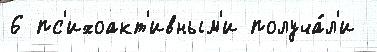
6 пс'ихоакт'ивным'и получа́л'и